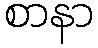
စာနာ